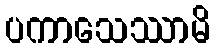
ပကာသေဿာမိ